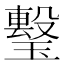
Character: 𤩯